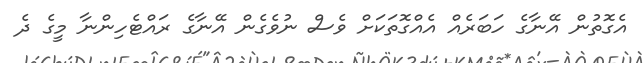
އެގޮތުން އޭނާގެ ހަބަރެއް އެއްގޮތަކަށް ވެސް ނުވެގެން އޭނާގެ ރައްޓެހިންނާ މީގެ ދެ